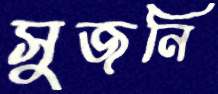
সুজনি